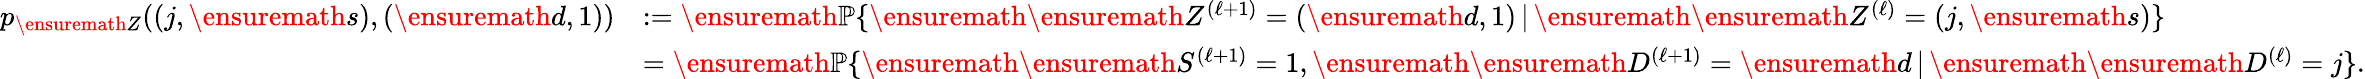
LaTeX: \begin{array}{rl}{p_{\ensuremath{Z}}((j,\ensuremath{s}),(\ensuremath{d},1))}&{:=\ensuremath{\mathbb P}\{ \ensuremath{\ensuremath{Z}^{(\ell+1)}}=(\ensuremath{d},1)\, |\, \ensuremath{\ensuremath{Z}^{(\ell)}}=(j,\ensuremath{s})\} }\\ &{=\ensuremath{\mathbb P}\{ \ensuremath{\ensuremath{S}^{(\ell+1)}}=1,\ensuremath{\ensuremath{D}^{(\ell+1)}}=\ensuremath{d}\, |\, \ensuremath{\ensuremath{D}^{(\ell)}}=j\} .}\end{array}